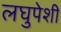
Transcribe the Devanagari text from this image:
लघुपेशी